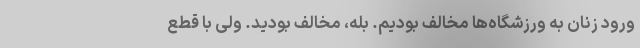
ورود زنان به ورزشگاه‌ها مخالف بودیم. بله، مخالف بودید. ولی با قطع